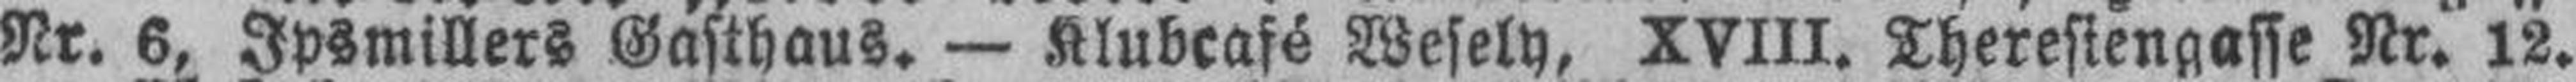
Nr. 6, Ipsmillers Gasthaus. — Klubcafé Wesely, XVIII. Theresiengasse Nr. 12.